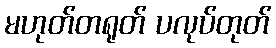
မဟုတ်တရုတ် ပလုပ်တုတ်